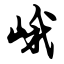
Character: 峨